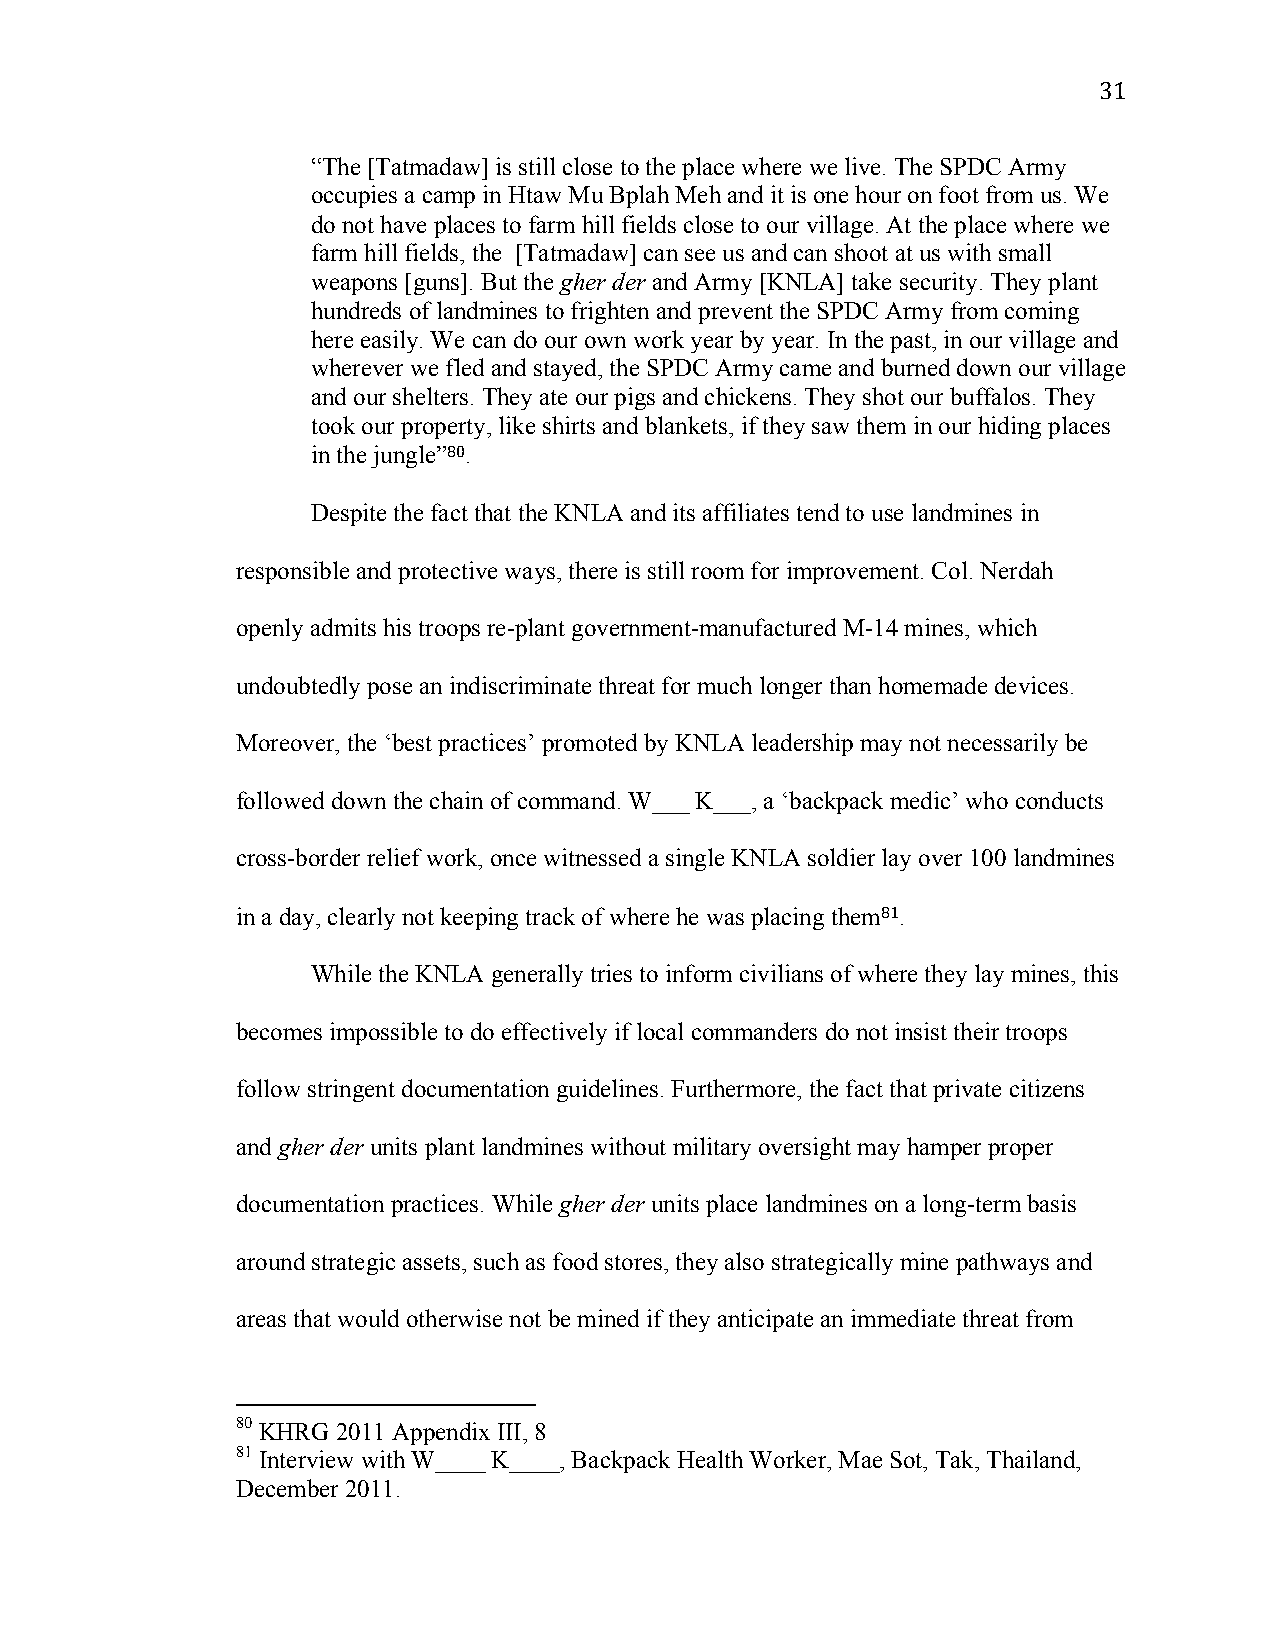
31
 “The [Tatmadaw] is still close to the place where we live. The SPDC Army
 occupies a camp in Htaw Mu Bplah Meh and it is one hour on foot from us. We
 do not have places to farm hill fields close to our village. At the place where we
 farm hill fields, the [Tatmadaw] can see us and can shoot at us with small
 weapons [guns]. But the gher der and Army [KNLA] take security. They plant
 hundreds of landmines to frighten and prevent the SPDC Army from coming
 here easily. We can do our own work year by year. In the past, in our village and
 wherever we fled and stayed, the SPDC Army came and burned down our village
 and our shelters. They ate our pigs and chickens. They shot our buffalos. They
 took our property, like shirts and blankets, if they saw them in our hiding places
 in the jungle”80.
 Despite the fact that the KNLA and its affiliates tend to use landmines in
 responsible and protective ways, there is still room for improvement. Col. Nerdah
 openly admits his troops re-plant government-manufactured M-14 mines, which
 undoubtedly pose an indiscriminate threat for much longer than homemade devices.
 Moreover, the ‘best practices’ promoted by KNLA leadership may not necessarily be
 followed down the chain of command. W___ K___, a ‘backpack medic’ who conducts
 cross-border relief work, once witnessed a single KNLA soldier lay over 100 landmines
 in a day, clearly not keeping track of where he was placing them81.
 While the KNLA generally tries to inform civilians of where they lay mines, this
 becomes impossible to do effectively if local commanders do not insist their troops
 follow stringent documentation guidelines. Furthermore, the fact that private citizens
 and gher der units plant landmines without military oversight may hamper proper
 documentation practices. While gher der units place landmines on a long-term basis
 around strategic assets, such as food stores, they also strategically mine pathways and
 areas that would otherwise not be mined if they anticipate an immediate threat from
 80 KHRG 2011 Appendix III, 8
 81 Interview with W____ K____, Backpack Health Worker, Mae Sot, Tak, Thailand,
 December 2011.